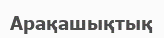
Арақашықтық